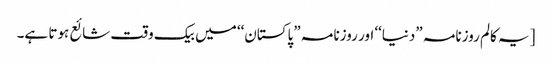
[یہ کالم روزنامہ ”دنیا‘‘ اور روزنامہ ”پاکستان‘‘ میں بیک وقت شائع ہوتا ہے۔